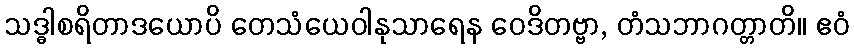
သဒ္ဓါစရိတာဒယောပိ တေသံယေဝါနုသာရေန ဝေဒိတဗ္ဗာ, တံသဘာဂတ္တာတိ။ ဧဝံ